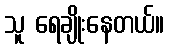
သူ ရေချိုးနေတယ်။